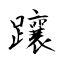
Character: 躟